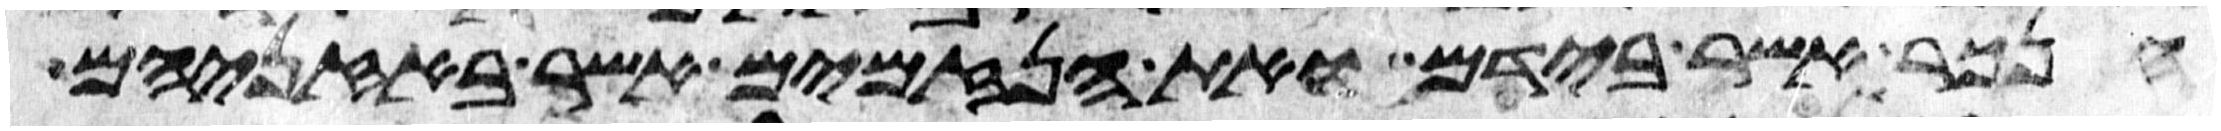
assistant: הנכר אשר בידם ואת הנזמים אשר באזניהם